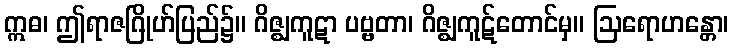
ဣဓ၊ ဤရာဇဂြိုဟ်ပြည်၌။ ဂိဇ္ဈကူဋာ ပဗ္ဗတာ၊ ဂိဇ္ဈကူဋ်တောင်မှ။ ဩရောဟန္တော၊